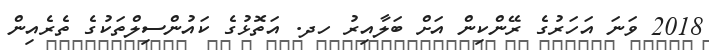
2018 ވަނަ އަހަރުގެ ރޭންކިން އަށް ބަލާއިރު ހދ. އަތޮޅުގެ ކައުންސިލްތަކުގެ ތެރެއިން